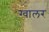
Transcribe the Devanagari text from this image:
ग्वालर